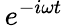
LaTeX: \, e^{-i\omega t}